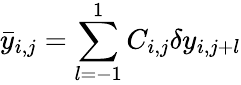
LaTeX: \bar{y}_{i,j}=\sum_{l=-1}^{1}C_{i,j}\delta y_{i,j+l}